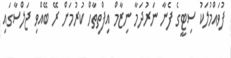
ފުވައްމުލަކު ސިޓީގެ ފެނާ ނަރުދަމާ ނިޒާމް އިފްތިތާހް ކުރުމަށް ރޭ ބޭއްވި ޖަލްސާގައި